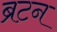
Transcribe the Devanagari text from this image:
ब्रटन